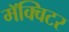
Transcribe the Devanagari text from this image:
मॅक्विटर